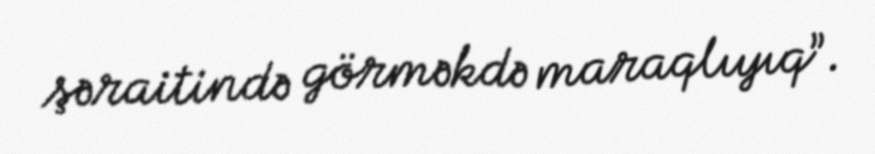
şəraitində görməkdə maraqlıyıq”.